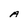
Character: A